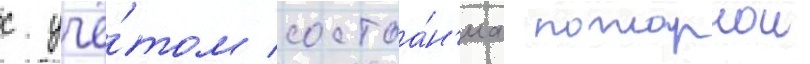
с учё́том состоа́н'иа пожарнои